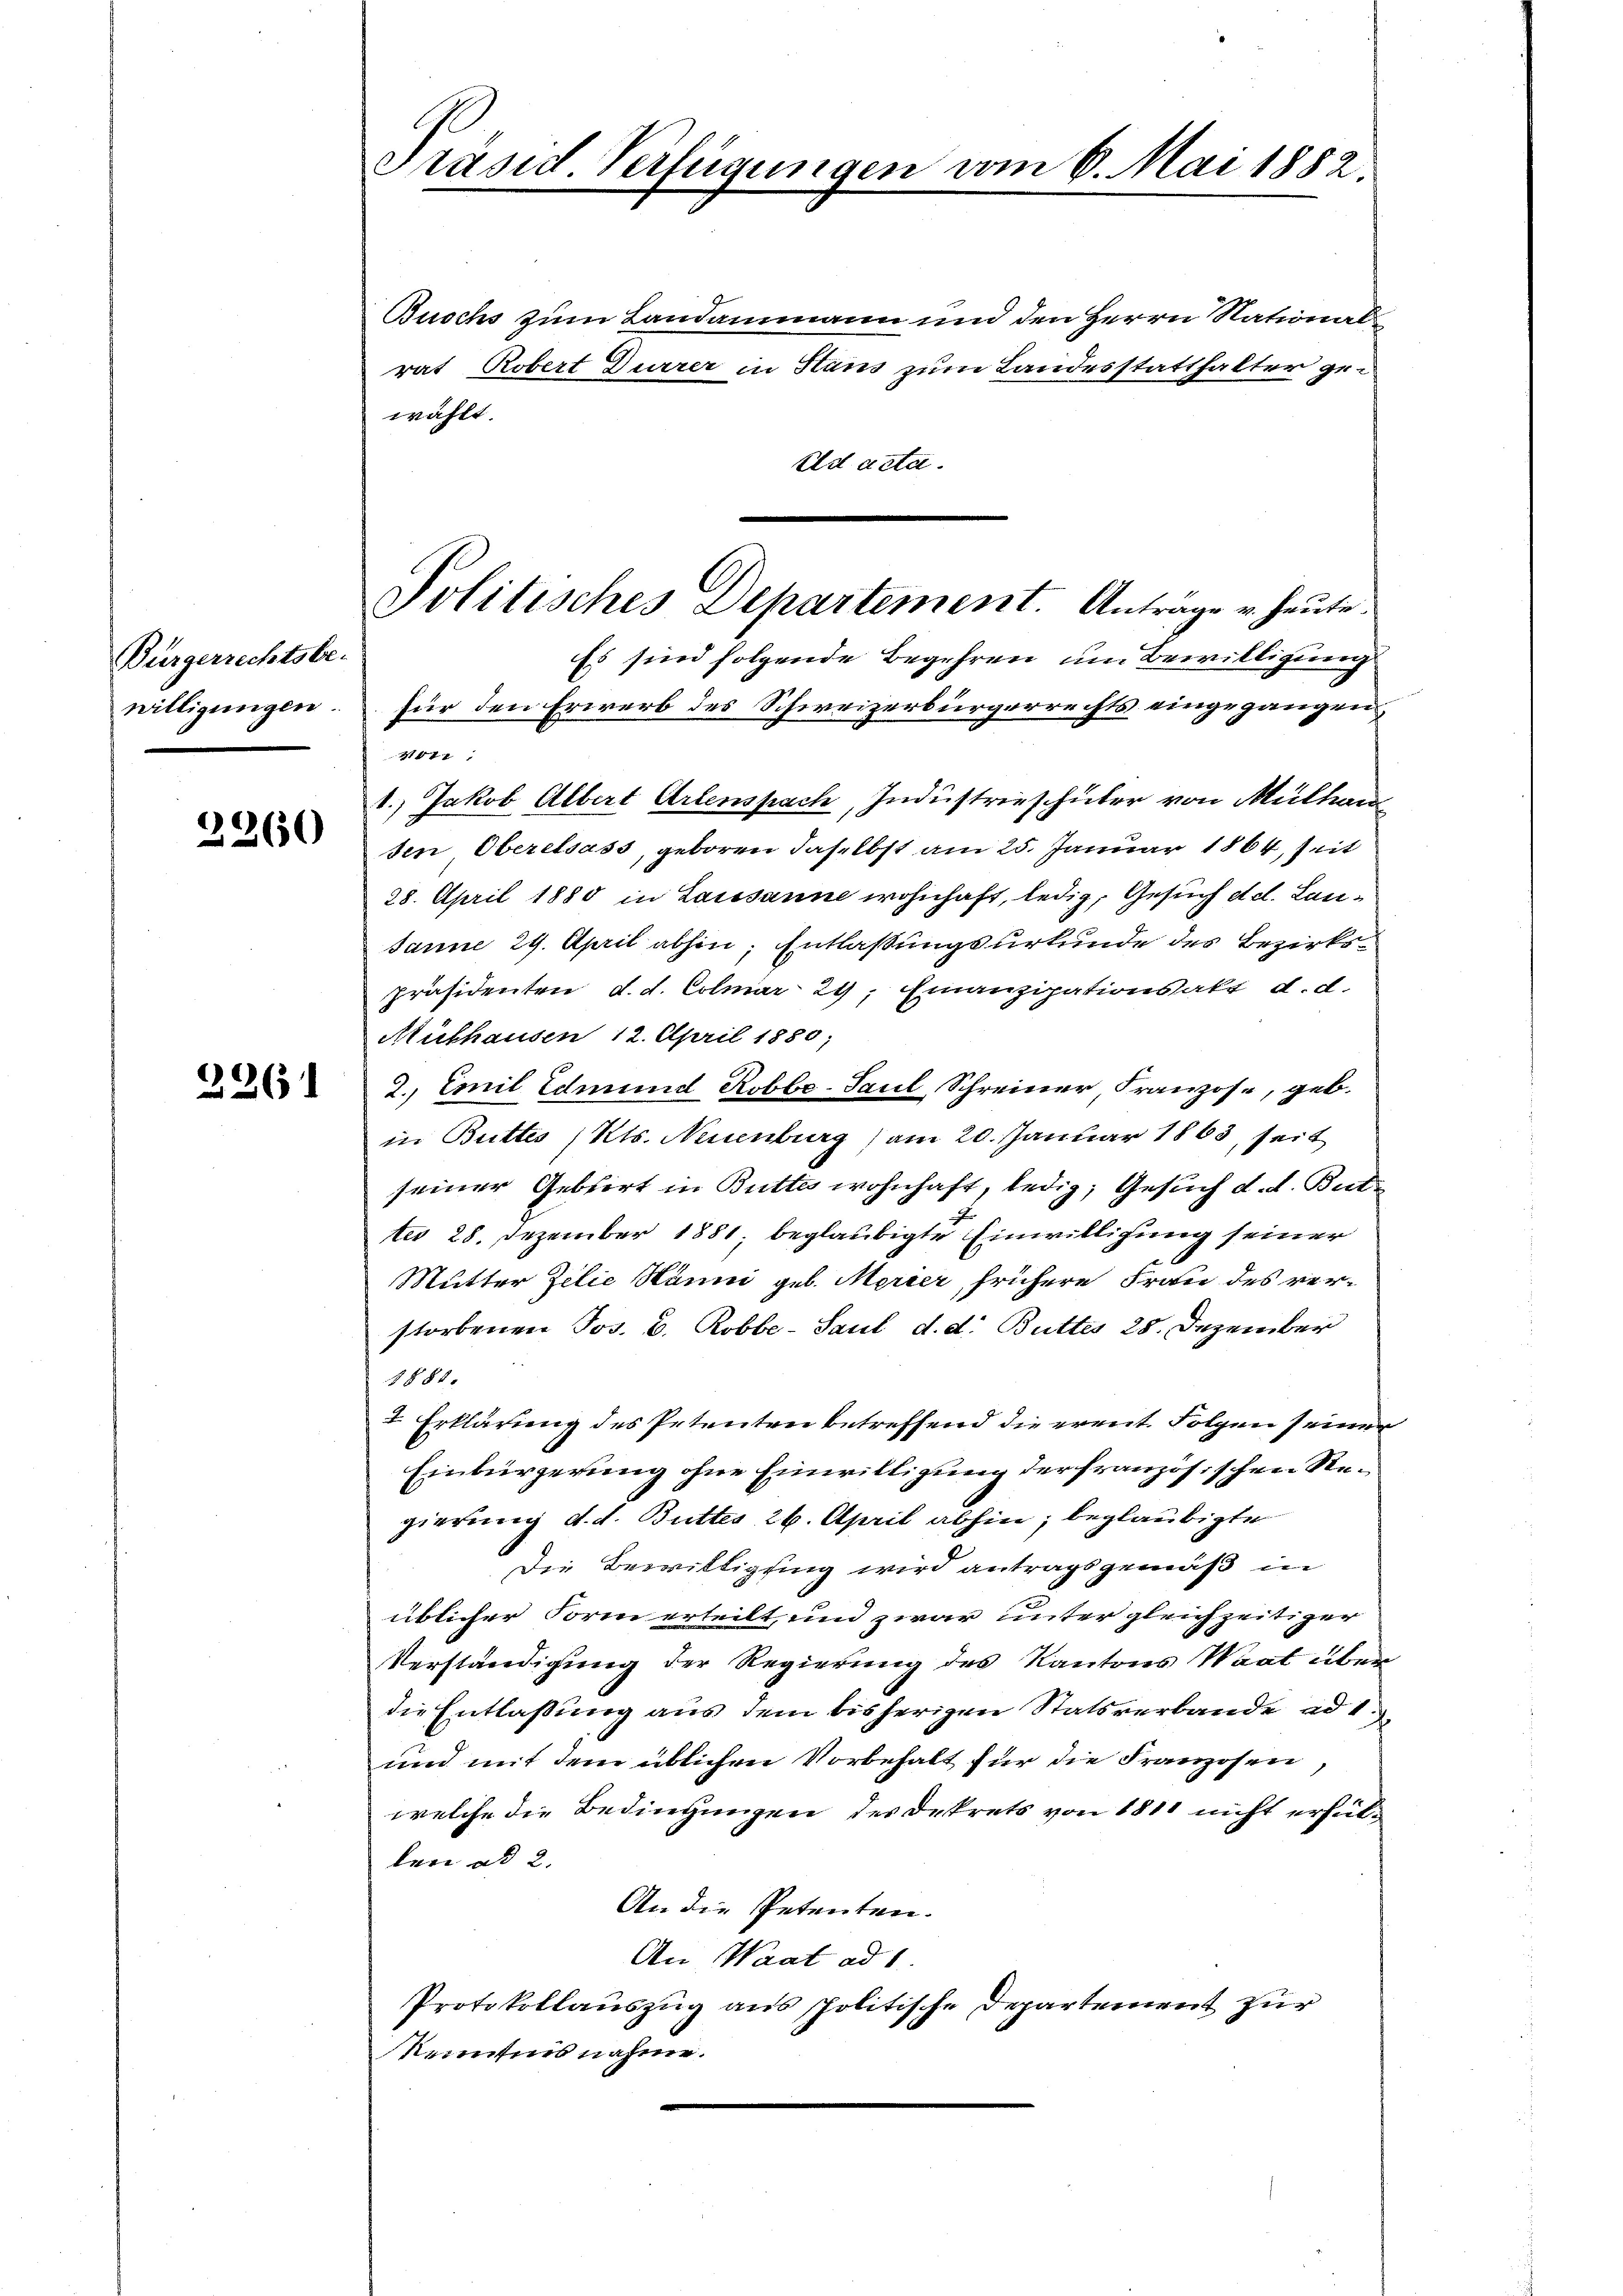
Bürgerrechtsbe-
willigungen.

2260

2261

Politisches Departement. Antrage u. heute.
Es sind folgende Begehren um Bewilligung

Präsid. Verfügungen vom 6. Mai 1882.

Buschs zum Landammann und den Herrn Nationalrat Robert Dürrer in Stans zum Landesstatthalter zur
wählt.
Ed acta.
für den Erwerb des Schweizerbürgerrechts eingegangen
1471
1., Jakob Albert Arlenspach, Industrieschüler von Mülhau
sen Oberelsass, geboren daselbst am 25. Januar 1864, seit
28. April 1880 in Lausanne wohnhaft, ledig, Gesuch dd. Lau¬
Janne 29. April abhin, Entlaßungsurkunde des Bezirks¬
Präsidenten d. d. Colmar 29, Finanzipationsakt d. d.
Mülhausen 12. April 1880,
2. Emil Edmund Robbe-Paul Schreiner Franzose, geb.
in Buttes Kts. Neuenburg am 20. Januar 1863, seit
seiner Gebiert in Buttes wohnhaft, ledig, Gesuch d. d. Butt
ter 28. Dezember 1881, beglaubigte Einwilligung seiner
Mutter Zelie Hänni geb. Merier, frühere Frau des verstorbenen Jos. B. Robbe-Paul d. d. Buttes 28. Dezember
8888.
2 Erklärung des Petenten betreffend die erent. Folgen seiner
Einbürgerung ohne Einwilligung der französischen Regierung d. d. Buttes 26. April abhin; beglaubigte
Die Bewilligung wird antragsgemäß in
üblicher Form erteilt, und zwar unter gleichzeitiger
Verständigung der Regierung des Kantons Waat über
die Entlassung aus dem bisherigen Statsverbande ad 1.
und mit dem üblichen Vorbehalt für die Franzosen,
welche die Bedingungen des Dekrets von 1811 nicht erfüllen ad 2.
An die Petenten.
An Waat ad 1.
Protokollauszug aus politische Departement zur
Reinnes nahme.